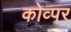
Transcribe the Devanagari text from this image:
कोव्पर